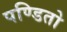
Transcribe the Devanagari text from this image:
पण्डितो